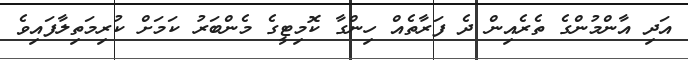
އަދި އާންމުންގެ ތެރެއިން ދެ ފަރާތެއް ހިންގާ ކޮމިޓީގެ މެންބަރު ކަމަށް ކުރިމަތިލާފައިވެ